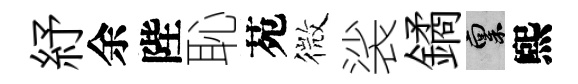
紓余陛恥苑微裟鐍禀煕